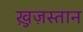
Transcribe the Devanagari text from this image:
ख़ुज़स्तान